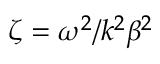
\zeta = \omega ^ { 2 } / k ^ { 2 } \beta ^ { 2 }